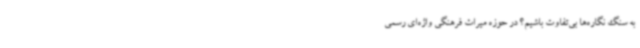
به سنگ نگاره‌ها بی‌تفاوت باشیم؟ در حوزه میراث فرهنگی واژه‌ای رسمی